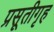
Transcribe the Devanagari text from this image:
प्रसूतीगृह